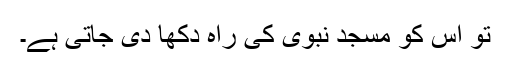
تو اس کو مسجد نبوی کی راہ دکھا دی جاتی ہے۔